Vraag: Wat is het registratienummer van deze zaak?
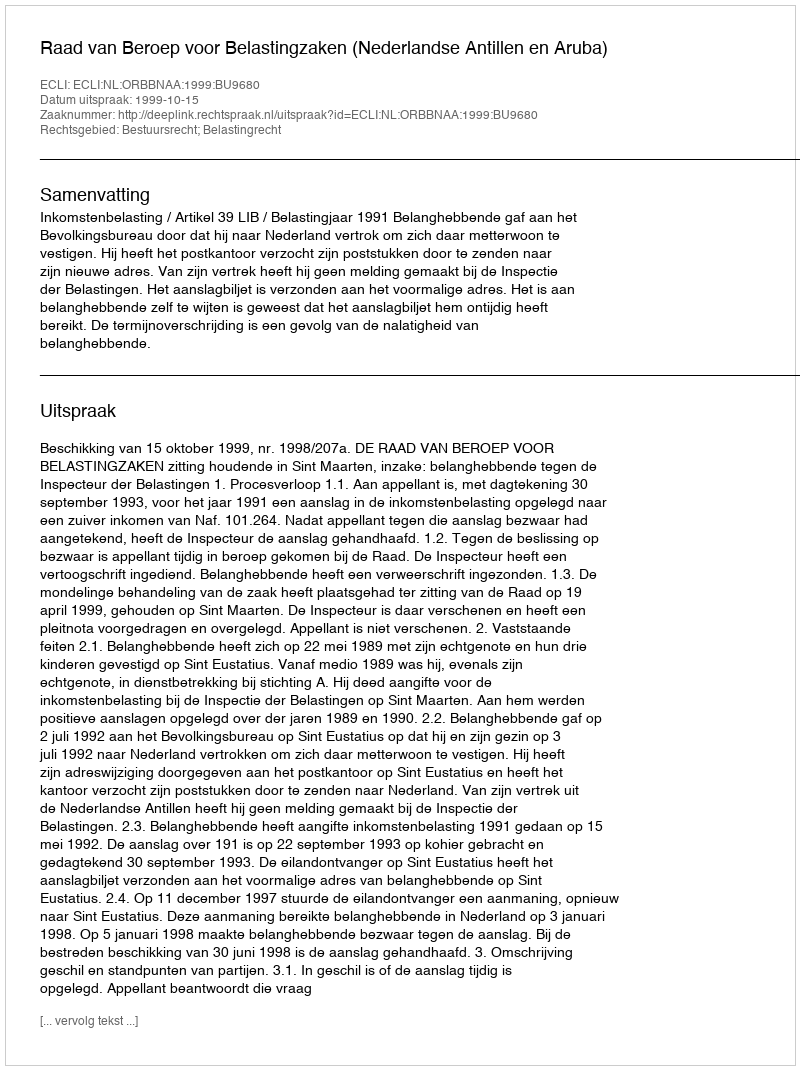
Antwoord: http://deeplink.rechtspraak.nl/uitspraak?id=ECLI:NL:ORBBNAA:1999:BU9680